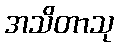
အသိတာသု